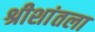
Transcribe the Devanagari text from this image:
श्रीशांतला